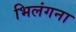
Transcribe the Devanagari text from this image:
भिलंगना